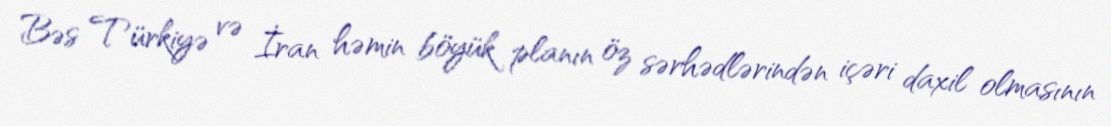
Bəs Türkiyə və İran həmin böyük planın öz sərhədlərindən içəri daxil olmasının